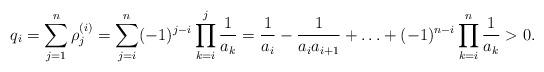
LaTeX: \begin{align*} q_i=\sum_{j=1}^{n}\rho_j^{(i)}=\sum_{j=i}^{n}(-1)^{j-i}\prod\limits_{k=i}^{j}{1 \over a_k} ={1\over a_i}-{1\over a_i a_{i+1}}+ \ldots +(-1)^{n-i}\prod\limits_{k=i}^{n}{1 \over a_k}>0.\end{align*}